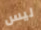
ليس